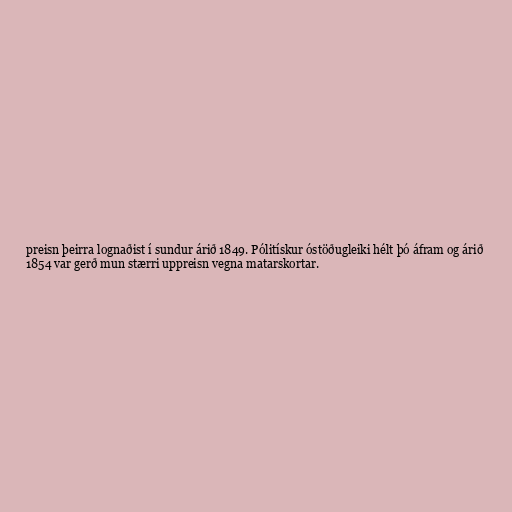
preisn þeirra lognaðist í sundur árið 1849. Pólitískur óstöðugleiki hélt þó áfram og árið
1854 var gerð mun stærri uppreisn vegna matarskortar.